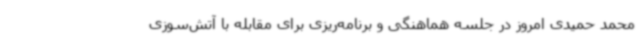
محمد حمیدی امروز در جلسه هماهنگی و برنامه‌ریزی برای مقابله با آتش‌سوزی